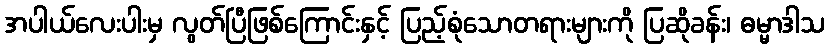
အပါယ်လေးပါးမှ လွတ်ပြီဖြစ်ကြောင်းနှင့် ပြည့်စုံသောတရားများကို ပြဆိုခန်း၊ ဓမ္မာဒါသ